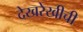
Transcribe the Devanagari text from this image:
देखरेखीची